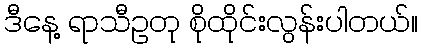
ဒီနေ့ ရာသီဥတု စိုထိုင်းလွန်းပါတယ်။